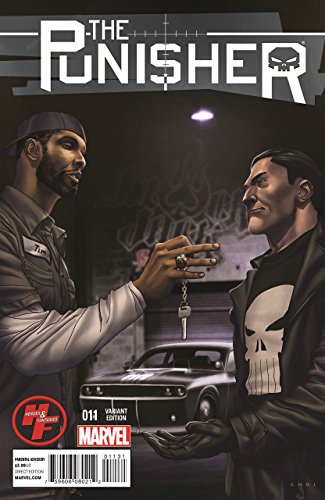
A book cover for The Punisher #11, Tim Duncan (San Antonio Spurs NBA Super-Star) Variant Cover with BlackJack Speed Shop Punisher Concept Car, Heroes & Fantasies Store Exclusive Comic Book; Nathan Edmondson; Humor & Entertainment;